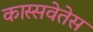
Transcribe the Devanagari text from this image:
कास्सवेतेस